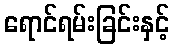
ရောင်ရမ်းခြင်းနှင့်